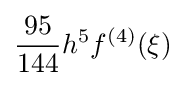
{\frac {95}{144}}h^{5}f^{(4)}(\xi )